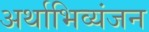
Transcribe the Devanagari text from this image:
अर्थाभिव्यंजन